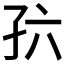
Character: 𪦸